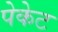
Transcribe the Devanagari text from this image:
पेकेट